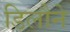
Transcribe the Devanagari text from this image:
डिलौने